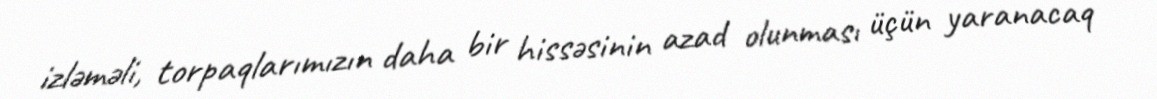
izləməli, torpaqlarımızın daha bir hissəsinin azad olunması üçün yaranacaq